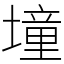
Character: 墥